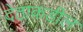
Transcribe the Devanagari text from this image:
देठाकडील